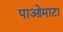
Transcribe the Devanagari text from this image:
पाओमाटा